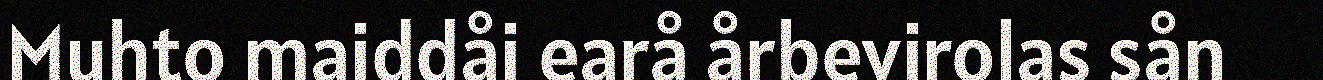
Muhto maiddåi earå årbevirolas sån